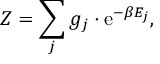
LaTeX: Z = \sum _ { j } g _ { j } \cdot \mathrm { e } ^ { - \beta E _ { j } } ,